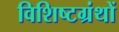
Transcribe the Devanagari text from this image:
विशिष्टग्रंथों